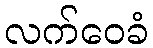
လက်ဝေခံ